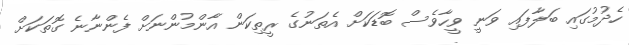
ހެދުމުގައި ބަލާފައި ވަނީ ވީހާވެސް ބޮޑަކަށް އެތަނުގެ ރީތިކަން އާންމުންނަށް ފެންނާނެ ގޮތަކަށް